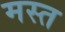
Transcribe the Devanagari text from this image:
मस्‍त